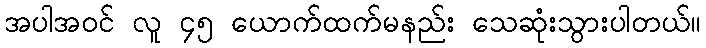
အပါအဝင် လူ ၄၅ ယောက်ထက်မနည်း သေဆုံးသွားပါတယ်။